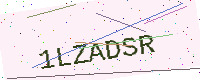
Text: 1LZADSR